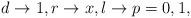
LaTeX: \begin{align*} d \rightarrow 1, r \rightarrow x, l \rightarrow p=0,1, \end{align*}